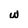
Character: w